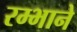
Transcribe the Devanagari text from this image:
रम्भाने